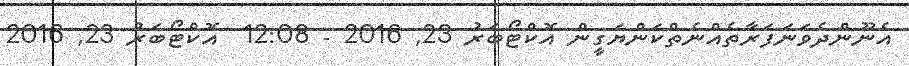
އެނޫންދެވަނަފަރާތެއްނެތްކަންޔަގީން އޮކްޓޯބަރު 23